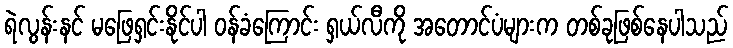
ရဲလွန်းနင် မဖြေရှင်းနိုင်ပါ ဝန်ခံကြောင်း ရှယ်လီကို အတောင်ပံများက တစ်ခုဖြစ်နေပါသည်